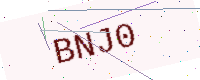
Text: BNJ0